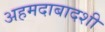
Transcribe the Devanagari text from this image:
अहमदाबादशी